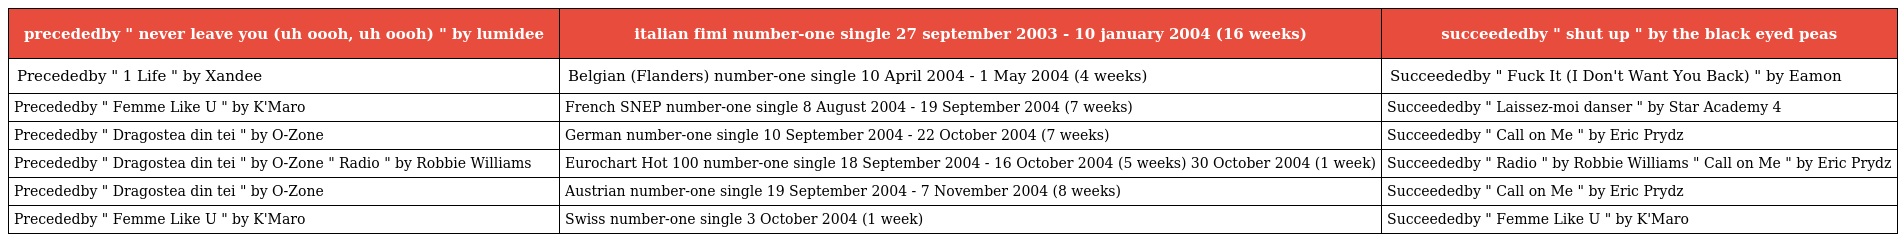
| precededby " never leave you (uh oooh, uh oooh) " by lumidee | italian fimi number-one single 27 september 2003 - 10 january 2004 (16 weeks) | succeededby " shut up " by the black eyed peas |
 | --- | --- | --- |
 | Precededby " 1 Life " by Xandee | Belgian (Flanders) number-one single 10 April 2004 - 1 May 2004 (4 weeks) | Succeededby " Fuck It (I Don't Want You Back) " by Eamon |
 | Precededby " Femme Like U " by K'Maro | French SNEP number-one single 8 August 2004 - 19 September 2004 (7 weeks) | Succeededby " Laissez-moi danser " by Star Academy 4 |
 | Precededby " Dragostea din tei " by O-Zone | German number-one single 10 September 2004 - 22 October 2004 (7 weeks) | Succeededby " Call on Me " by Eric Prydz |
 | Precededby " Dragostea din tei " by O-Zone " Radio " by Robbie Williams | Eurochart Hot 100 number-one single 18 September 2004 - 16 October 2004 (5 weeks) 30 October 2004 (1 week) | Succeededby " Radio " by Robbie Williams " Call on Me " by Eric Prydz |
 | Precededby " Dragostea din tei " by O-Zone | Austrian number-one single 19 September 2004 - 7 November 2004 (8 weeks) | Succeededby " Call on Me " by Eric Prydz |
 | Precededby " Femme Like U " by K'Maro | Swiss number-one single 3 October 2004 (1 week) | Succeededby " Femme Like U " by K'Maro |